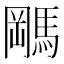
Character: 𬳭